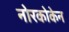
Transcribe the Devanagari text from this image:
नोरकोकेन